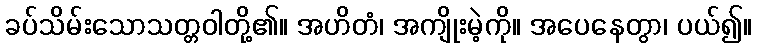
ခပ်သိမ်းသောသတ္တဝါတို့၏။ အဟိတံ၊ အကျိုးမဲ့ကို။ အပေနေတွာ၊ ပယ်၍။